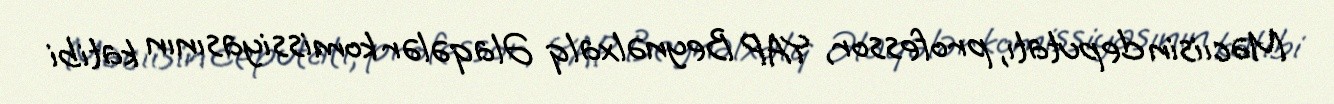
Məcıisin deputatı, professor, YAP Beynəlxalq Əlaqələr komissiyasının katibi